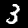
Digit: 3